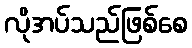
လိုအပ်သည်ဖြစ်စေ